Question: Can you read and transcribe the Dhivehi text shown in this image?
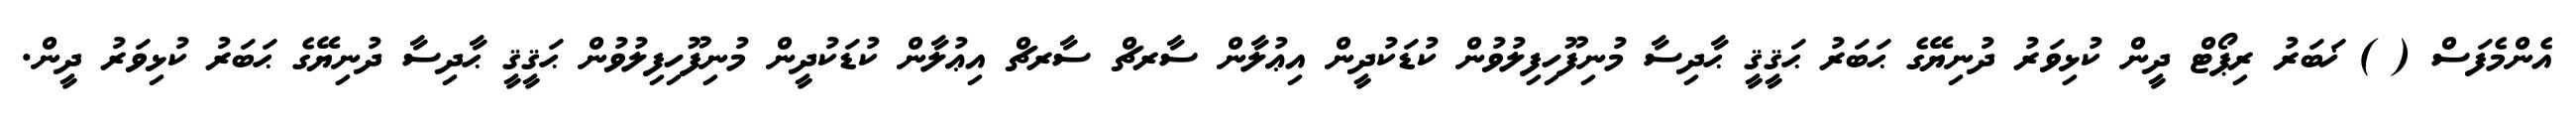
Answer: އެންމެފަސް ( ) ޚަބަރު ރިޕޯޓް ދީން ކުޅިވަރު ދުނިޔޭގެ ޙަބަރު ޙަޤީޤީ ޙާދިސާ މުނިފޫހިފިލުވުން ކުޑަކުދީން އިޢުލާން ސާރޗް ސާރޗް އިޢުލާން ކުޑަކުދީން މުނިފޫހިފިލުވުން ޙަޤީޤީ ޙާދިސާ ދުނިޔޭގެ ޙަބަރު ކުޅިވަރު ދީން.